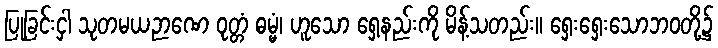
ပြုခြင်းငှါ သုတမယဉာဏေ ဝုတ္တံ ဓမ္မံ၊ ဟူသော ရှေ့နည်းကို မိန့်သတည်း။ ရှေးရှေးသောဘဝတို့၌